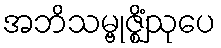
အဘိသမ္ဗုဇ္ဈိံသုပေ